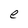
Character: e